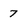
Character: 7